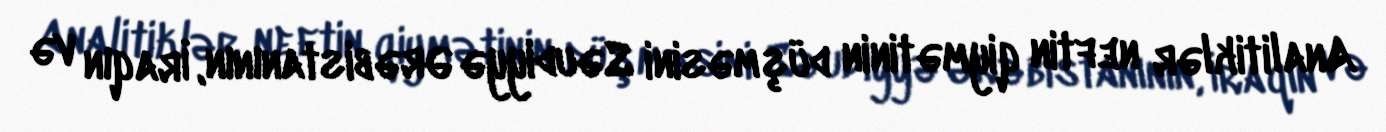
Analitiklər neftin qiymətinin düşməsini Səudiyyə Ərəbistanının, İraqın və